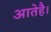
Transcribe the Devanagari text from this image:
आतेहै।